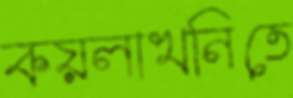
কয়লাখনিতে